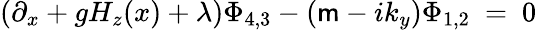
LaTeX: (\partial_{x}+gH_{z}(x)+\lambda)\Phi_{4,3}-(\mathsf{m}-ik_{y})\Phi_{1,2}~=~0